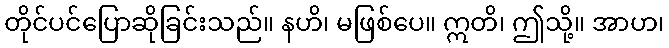
တိုင်ပင်ပြောဆိုခြင်းသည်။ နဟိ၊ မဖြစ်ပေ။ ဣတိ၊ ဤသို့။ အာဟ၊